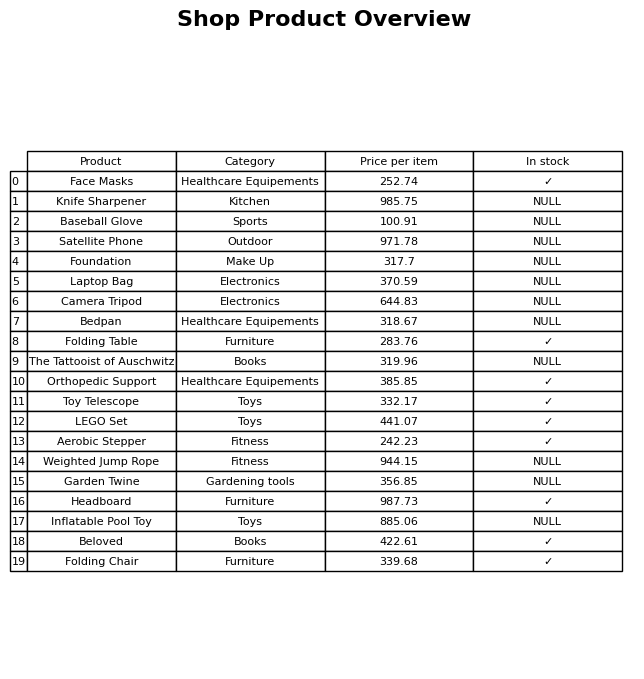
question: What is the price of the Baseball Glove?
answer: The price of Baseball Glove is 100.91.